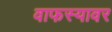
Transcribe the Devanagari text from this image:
वाफस्यावर